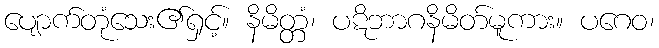
ပျောက်တုံသေး၏ရှင့်။ နိမိတ္တံ၊ ပဋိဘာဂနိမိတ်မူကား။ ပဂေဝ၊